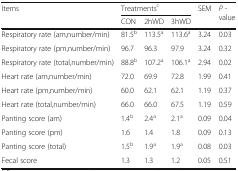
<table><thead><tr><td rowspan="2"><b>Items</b></td><td colspan="3"><b>Treatments<sup>c</sup></b></td><td rowspan="2"><b>SEM</b></td><td rowspan="2"><b><i>P</i> - value</b></td></tr><tr><td><b>CON</b></td><td><b>2hWD</b></td><td><b>3hWD</b></td></tr></thead><tbody><tr><td>Respiratory rate (am,number/min)</td><td>81.5<sup>b</sup></td><td>113.5<sup>a</sup></td><td>113.6<sup>a</sup></td><td>3.24</td><td>0.03</td></tr><tr><td>Respiratory rate (pm,number/min)</td><td>96.7</td><td>96.3</td><td>97.9</td><td>3.24</td><td>0.32</td></tr><tr><td>Respiratory rate (total,number/min)</td><td>88.8<sup>b</sup></td><td>107.2<sup>a</sup></td><td>106.1<sup>a</sup></td><td>2.94</td><td>0.02</td></tr><tr><td>Heart rate (am,number/min)</td><td>72.0</td><td>69.9</td><td>72.8</td><td>1.99</td><td>0.41</td></tr><tr><td>Heart rate (pm,number/min)</td><td>60.0</td><td>62.1</td><td>62.1</td><td>1.19</td><td>0.37</td></tr><tr><td>Heart rate (total,number/min)</td><td>66.0</td><td>66.0</td><td>67.5</td><td>1.19</td><td>0.59</td></tr><tr><td>Panting score (am)</td><td>1.4<sup>b</sup></td><td>2.4<sup>a</sup></td><td>2.1<sup>a</sup></td><td>0.09</td><td>0.04</td></tr><tr><td>Panting score (pm)</td><td>1.6</td><td>1.4</td><td>1.8</td><td>0.09</td><td>0.13</td></tr><tr><td>Panting score (total)</td><td>1.5<sup>b</sup></td><td>1.9<sup>a</sup></td><td>1.9<sup>a</sup></td><td>0.08</td><td>0.03</td></tr><tr><td>Fecal score</td><td>1.3</td><td>1.3</td><td>1.2</td><td>0.05</td><td>0.51</td></tr></tbody></table>